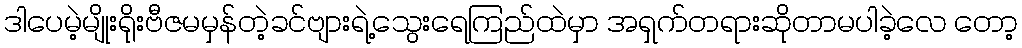
ဒါပေမဲ့မျိုးရိုးဗီဇမမှန်တဲ့ခင်ဗျားရဲ့သွေးရေကြည်ထဲမှာ အရှက်တရားဆိုတာမပါခဲ့လေ တော့